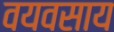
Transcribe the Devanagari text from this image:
वयवसाय